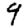
Digit: 9